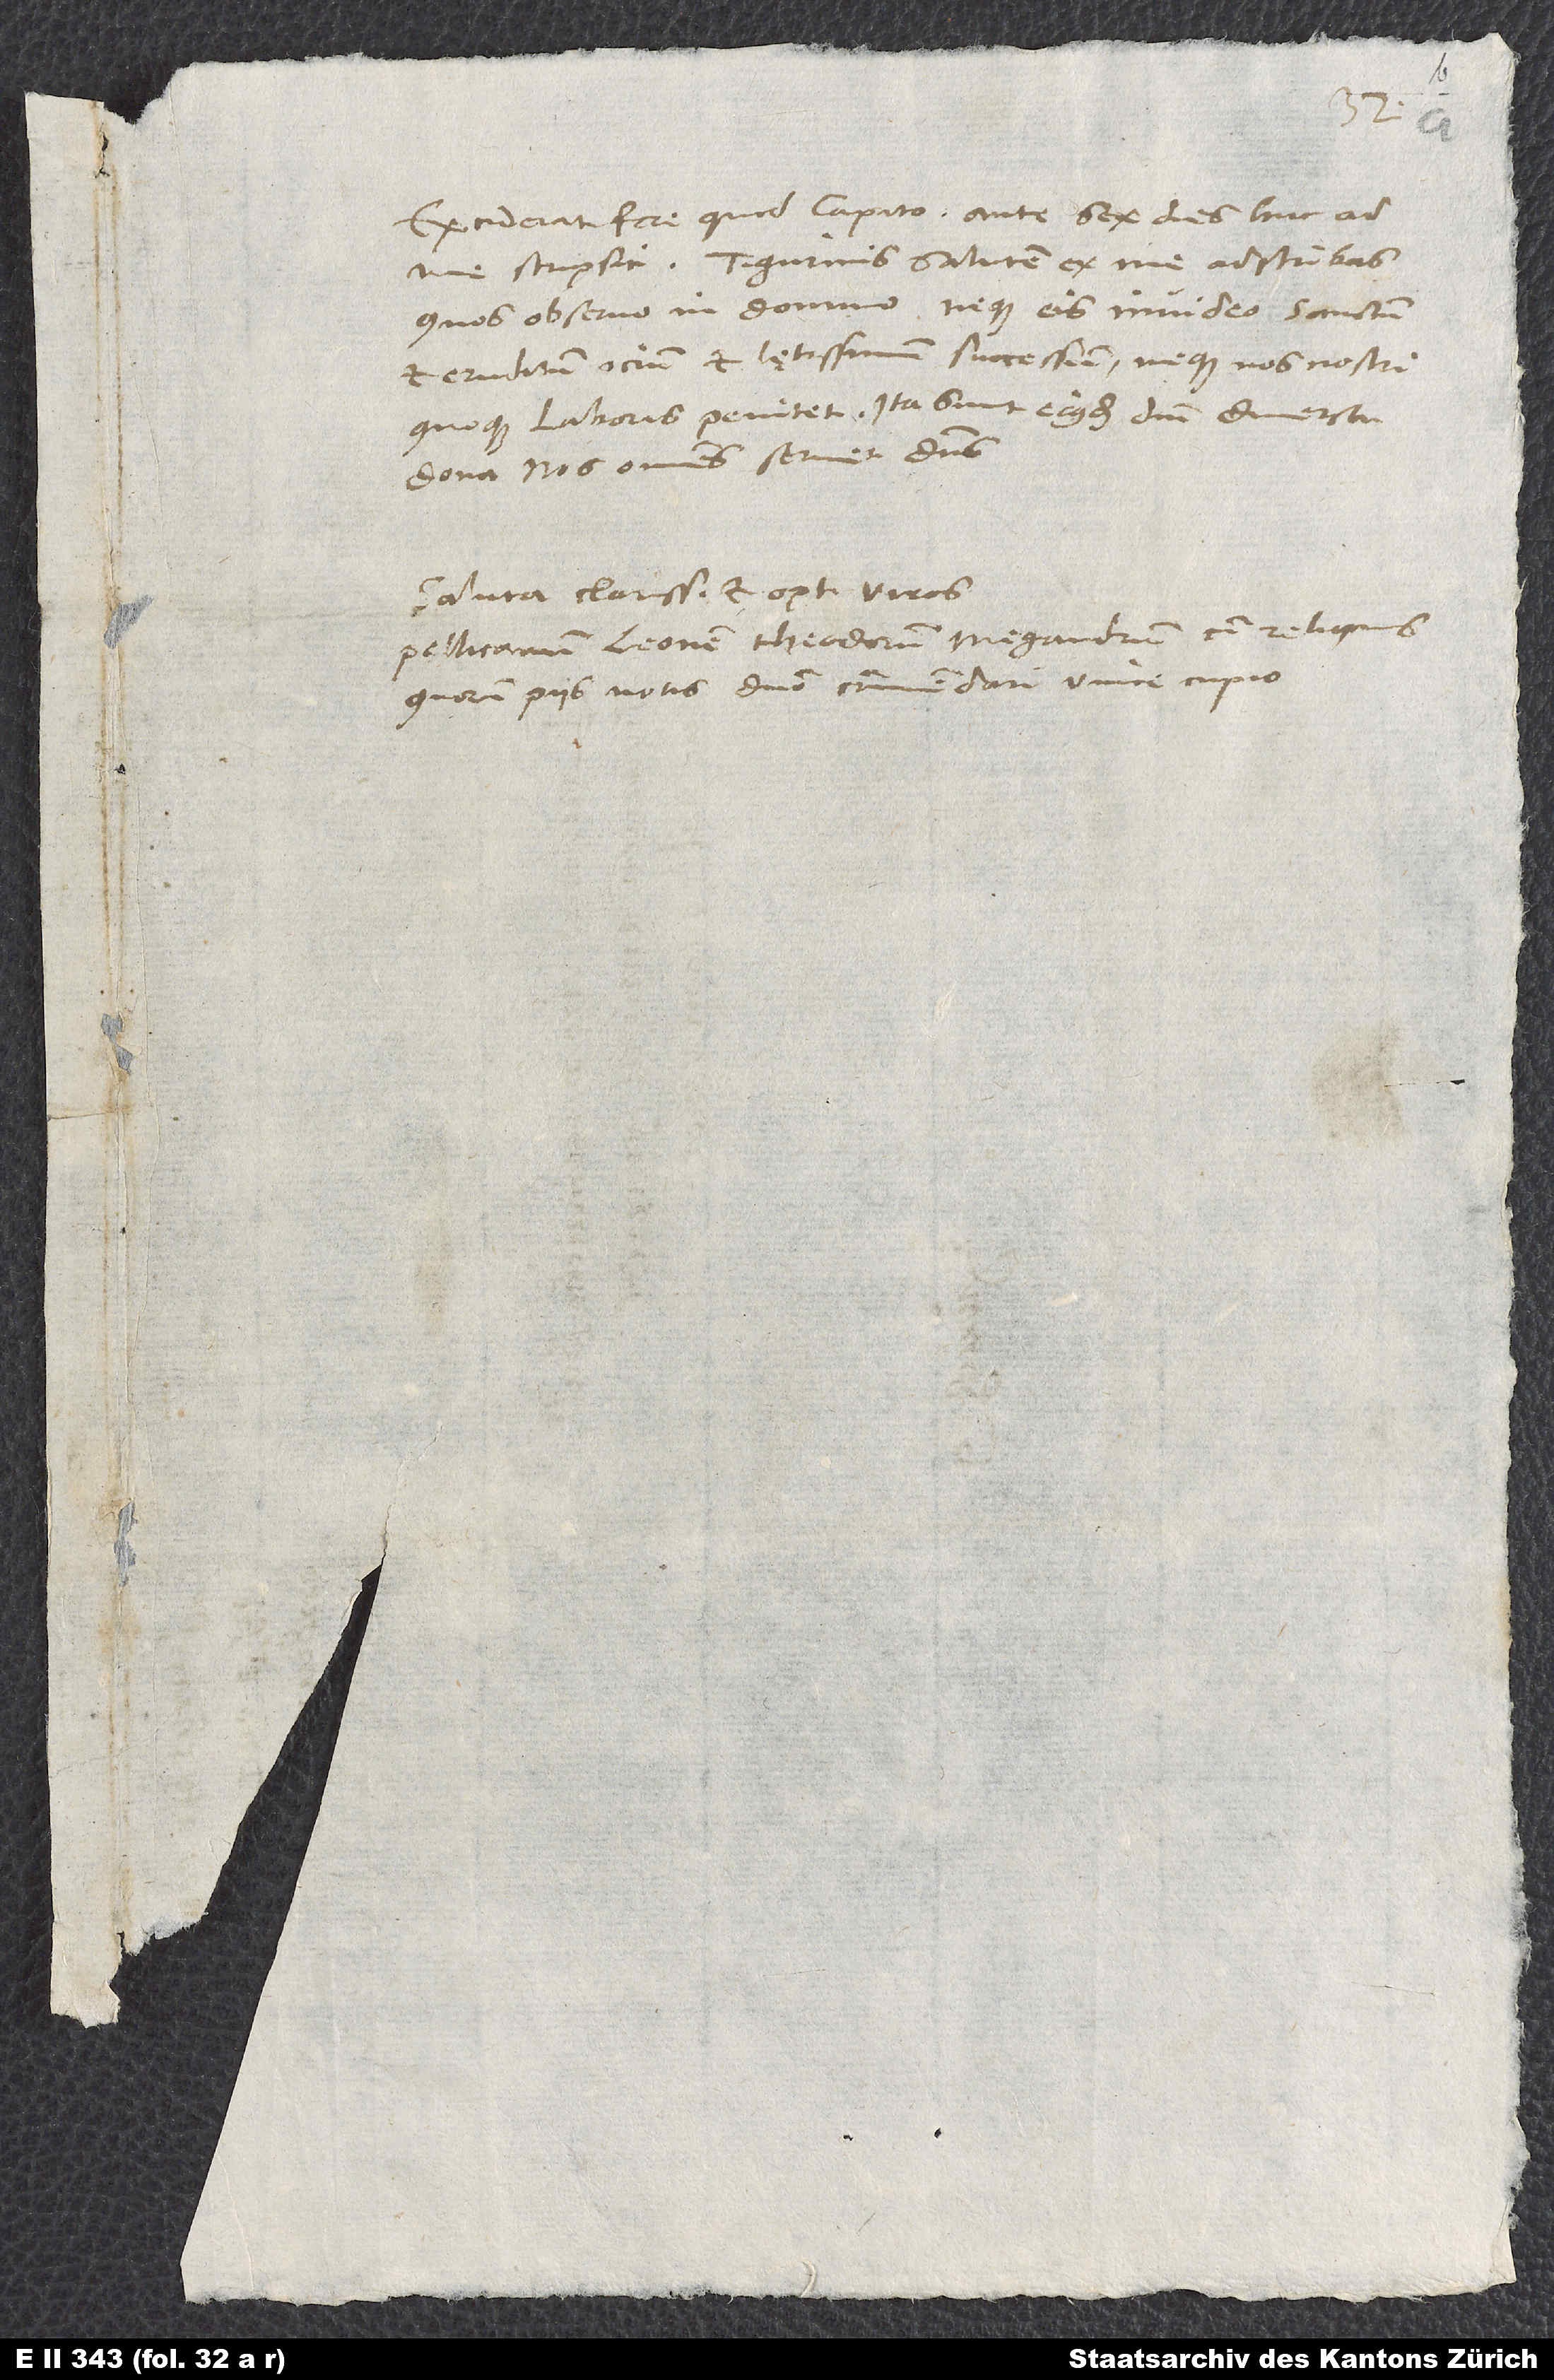
se